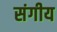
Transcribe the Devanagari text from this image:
संगीय